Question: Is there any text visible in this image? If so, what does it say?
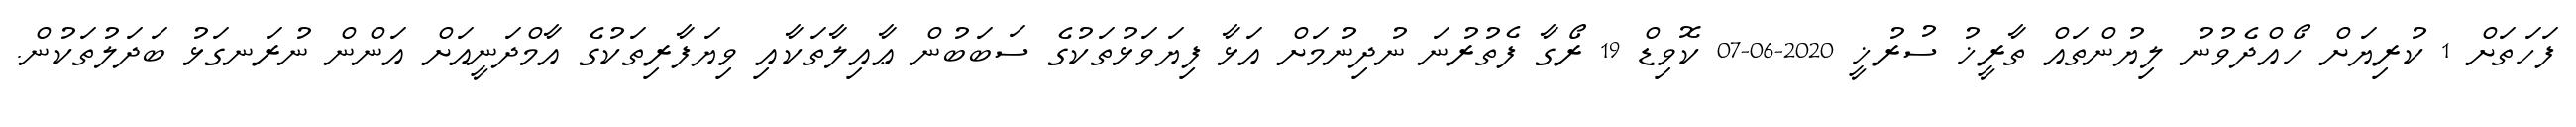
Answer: ފަހަތަށް 1 ކުރިޔަށް ހޯއްދެވުނު ލިޔުންތައް ތާރީޚު ސުރުޚީ 2020-06-07 ކޮވިޑް 19 ރޯގާ ފެތުރުނަ ނުދިނުމަށް އަޅާ ފިޔަވަޅުތަކުގެ ސަބަބުން ޢާއިލާތަކާއި ވިޔަފާރިތަކުގެ އާމްދަނީއަށް އަންން ނުރަނގަޅު ބަދަލުތަކުން.